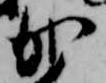
か